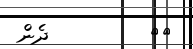
٧٠         ދެން